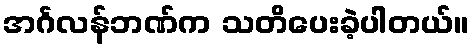
အင်္ဂလန်ဘဏ်က သတိပေးခဲ့ပါတယ်။